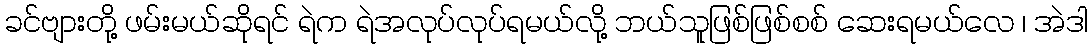
ခင်ဗျားတို့ ဖမ်းမယ်ဆိုရင် ရဲက ရဲအလုပ်လုပ်ရမယ်လို့ ဘယ်သူဖြစ်ဖြစ်စစ် ဆေးရမယ်လေ ၊ အဲဒါ